Source: Computer-generated
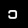
Digit: ၁ (1)